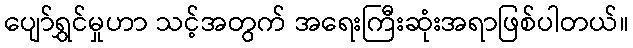
ပျော်ရွှင်မှုဟာ သင့်အတွက် အရေးကြီးဆုံးအရာဖြစ်ပါတယ်။